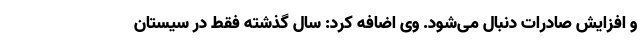
و افزایش صادرات دنبال می‌شود. وی اضافه کرد: سال گذشته فقط در سیستان